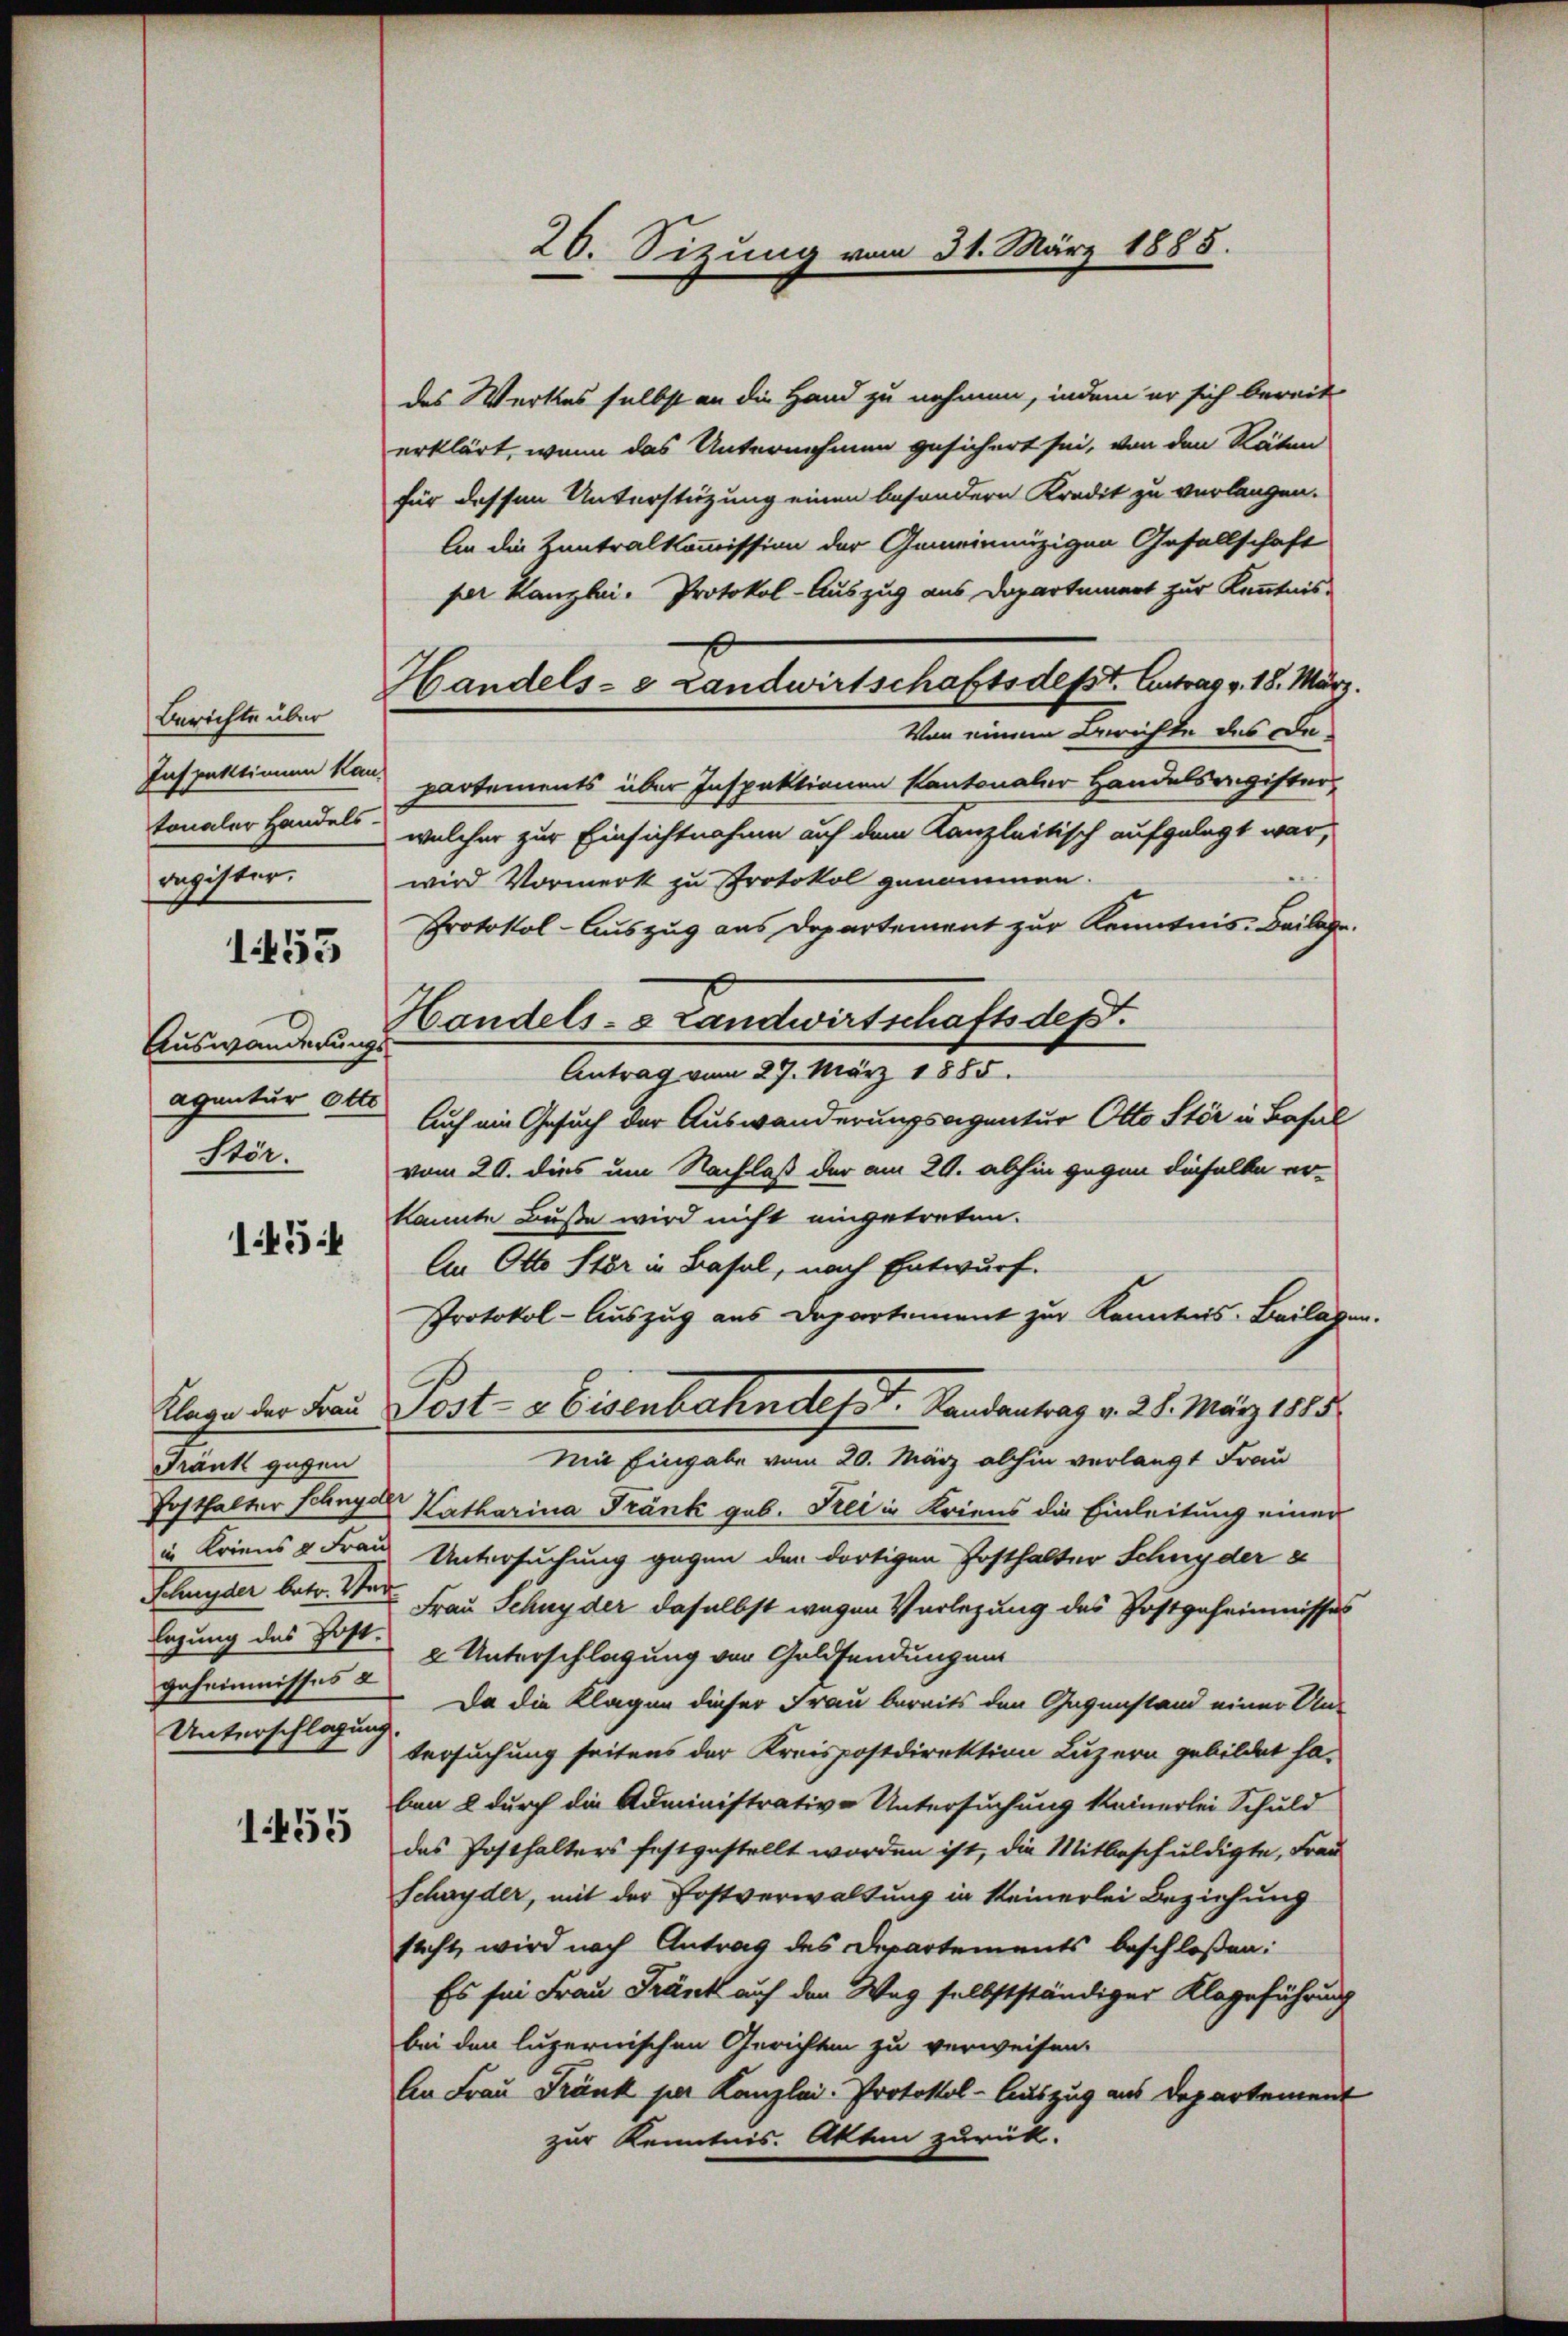
tonaler Handels-
Dagister.

1453

Auswanderungs
Stör.

145:

Klage der Frau
Frank gegen
Ehnyder betr. Stad
geheimnisses a
Unterschlagung

1455

des Werkes selbst an die Hand zu nehmen, indem er sich bereit
erklärt, wenn das Unternehmen gesichert sei, von den Räten
für dessen Unterstüzung einen besondern Kredit zu verlangen.
An die Zentralkommission der Gemeinnüzigen Gesellschaft
per Kanzlei. Protokol-Auszug aus Dopartinert zur Kenntnis-
Berichte aber andels- & Landwirtschaftsdefst. Antrag v. 18. März.
Von einem Berichte des Da¬
Inspektionen von partements über Inspektionen kantonaler Handelsregister,
welcher zur Einsichtnahme auf dem Kanzleitisch aufgelegt war,
wird Vormerk zu Protokol genommen.
Protokol-Auszug aus Departement zur Kenntnis. Beilage.
Handels- & Landwirtschaftsdept.
Antrag vom 27. März 1885.
agantur 60. Auch ein Gesuch der Auswanderungsagentur Otto Stär in Basal
vom 20. dies um Nachlaß der am 29. abhin gegen dieselbe er-
kannte Buße wird nicht eingetreten.
An Otto Ster in Basel, nach Entwurf.
Protokol-Auszug aus Departement zur Kenntnis. Beilag
Post- & Eisenbahndesst. Landantrag v. 25. März 1885.
Mit Eingabe vom 20. März abhin verlangt Frau
Posthalter Selinger Katharina Frank geb. Frei in Kriens die Einleitung einer
in Kriens u Frau Untersuchung gegen der dortigen Posthalter Schnyder e
Frau Schnyder daselbst wegen Verlegung des Postgeheimnisses
lagung des Post u. Unterschlagung von Goldsendungen
Da die Klagen dieser Frau bereits den Gegenstand einer Un-
tersuchung seitens der Kreispostdirektion Luzern gebildet haben & durch die Administrative Untersuchung keinerlei Schuld
das Posthalters festgestellt worden ist, die Mitbeschuldigte, Frau
Schnyder, mit der Postverwaltung in seinerlei Beziehung
sacht, wird nach Antrag des Departements beschlossen:
Es sei Frau Frank auf den Weg selbstständiger Klageführung
bei den luzernischen Gerichten zu verweisen.
An Frau Tränk per Kanzlei. Protokol-Auszug aus Departement
zur Kenntnis. Akten zurück.

20. Sitzung vom 31. März 1888.